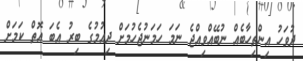
ދުވަހު އިންތިހާބެއް ނުބޭއްވިއްޖެ ނަމަ ހަމަނުޖެހުމަށް ދިއުމުގެ ބިރު އެބަ އޮތް ކަމަށް